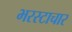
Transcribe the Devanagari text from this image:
भरस्टाचार